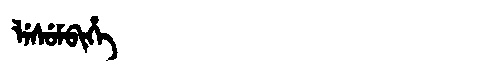
Manchu: ᠯᡝᠰᡠᠮᠪᡳᡥᡝ
Romanization: LESUMBIHE